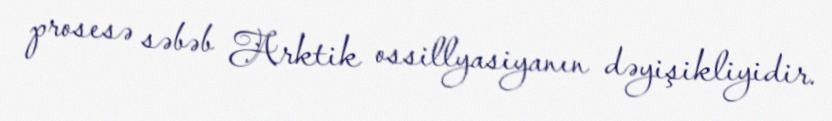
prosesə səbəb Arktik ossillyasiyanın dəyişikliyidir.